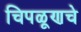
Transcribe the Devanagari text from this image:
चिपळूणचे